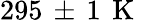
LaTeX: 295\, \pm\, 1\, \mathrm{~K~}